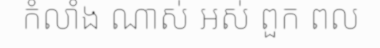
កំលាំង ណាស់ អស់ ពួក ពល